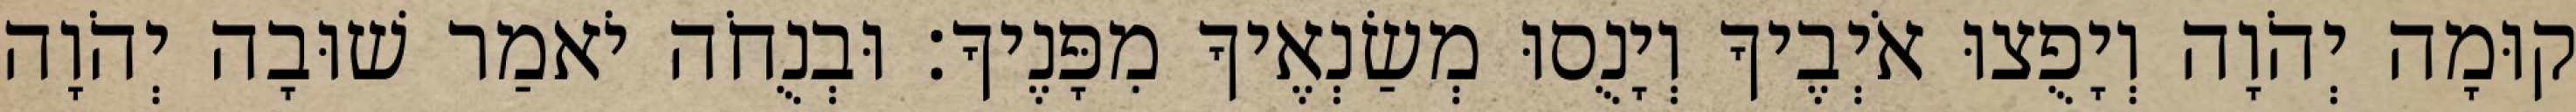
קוּמָה יְהֹוָה וְיָפֻצוּ אֹיְבֶיךָ וְיָנֻסוּ מְשַׂנְאֶיךָ מִפָּנֶיךָ׃ וּבְנֻחֹה יֹאמַר שׁוּבָה יְהֹוָה